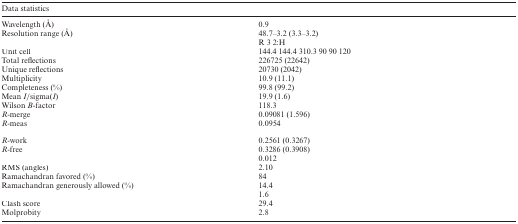
<table><thead><tr><td colspan="2"><b>Data statistics</b></td></tr></thead><tbody><tr><td>Wavelength (Å)</td><td>0.9</td></tr><tr><td>Resolution range (Å)</td><td>48.7–3.2 (3.3–3.2)</td></tr><tr><td>[EMPTY_CELL]</td><td>R 3 2:H</td></tr><tr><td>Unit cell</td><td>144.4 144.4 310.3 90 90 120</td></tr><tr><td>Total reflections</td><td>226725 (22642)</td></tr><tr><td>Unique reflections</td><td>20730 (2042)</td></tr><tr><td>Multiplicity</td><td>10.9 (11.1)</td></tr><tr><td>Completeness (%)</td><td>99.8 (99.2)</td></tr><tr><td>Mean <i>I</i>/sigma(<i>I</i>)</td><td>19.9 (1.6)</td></tr><tr><td>Wilson <i>B</i>-factor</td><td>118.3</td></tr><tr><td><i>R</i>-merge</td><td>0.09081 (1.596)</td></tr><tr><td><i>R</i>-meas</td><td>0.0954</td></tr><tr><td colspan="2">[EMPTY_CELL]</td></tr><tr><td><i>R</i>-work</td><td>0.2561 (0.3267)</td></tr><tr><td><i>R</i>-free</td><td>0.3286 (0.3908)</td></tr><tr><td>[EMPTY_CELL]</td><td>0.012</td></tr><tr><td>RMS (angles)</td><td>2.10</td></tr><tr><td>Ramachandran favored (%)</td><td>84</td></tr><tr><td>Ramachandran generously allowed (%)</td><td>14.4</td></tr><tr><td>[EMPTY_CELL]</td><td>1.6</td></tr><tr><td>Clash score</td><td>29.4</td></tr><tr><td>Molprobity</td><td>2.8</td></tr></tbody></table>